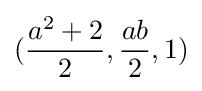
({\frac {a^{2}+2}{2}},{\frac {ab}{2}},1)